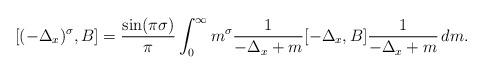
LaTeX: \begin{align*}[(-\Delta_x)^{\sigma} , B] = \frac{\sin (\pi \sigma)}{\pi} \int_0^{\infty} m^{\sigma} \frac{1}{-\Delta_x + m} [-\Delta_x , B] \frac{1}{-\Delta_x + m} \, dm .\end{align*}